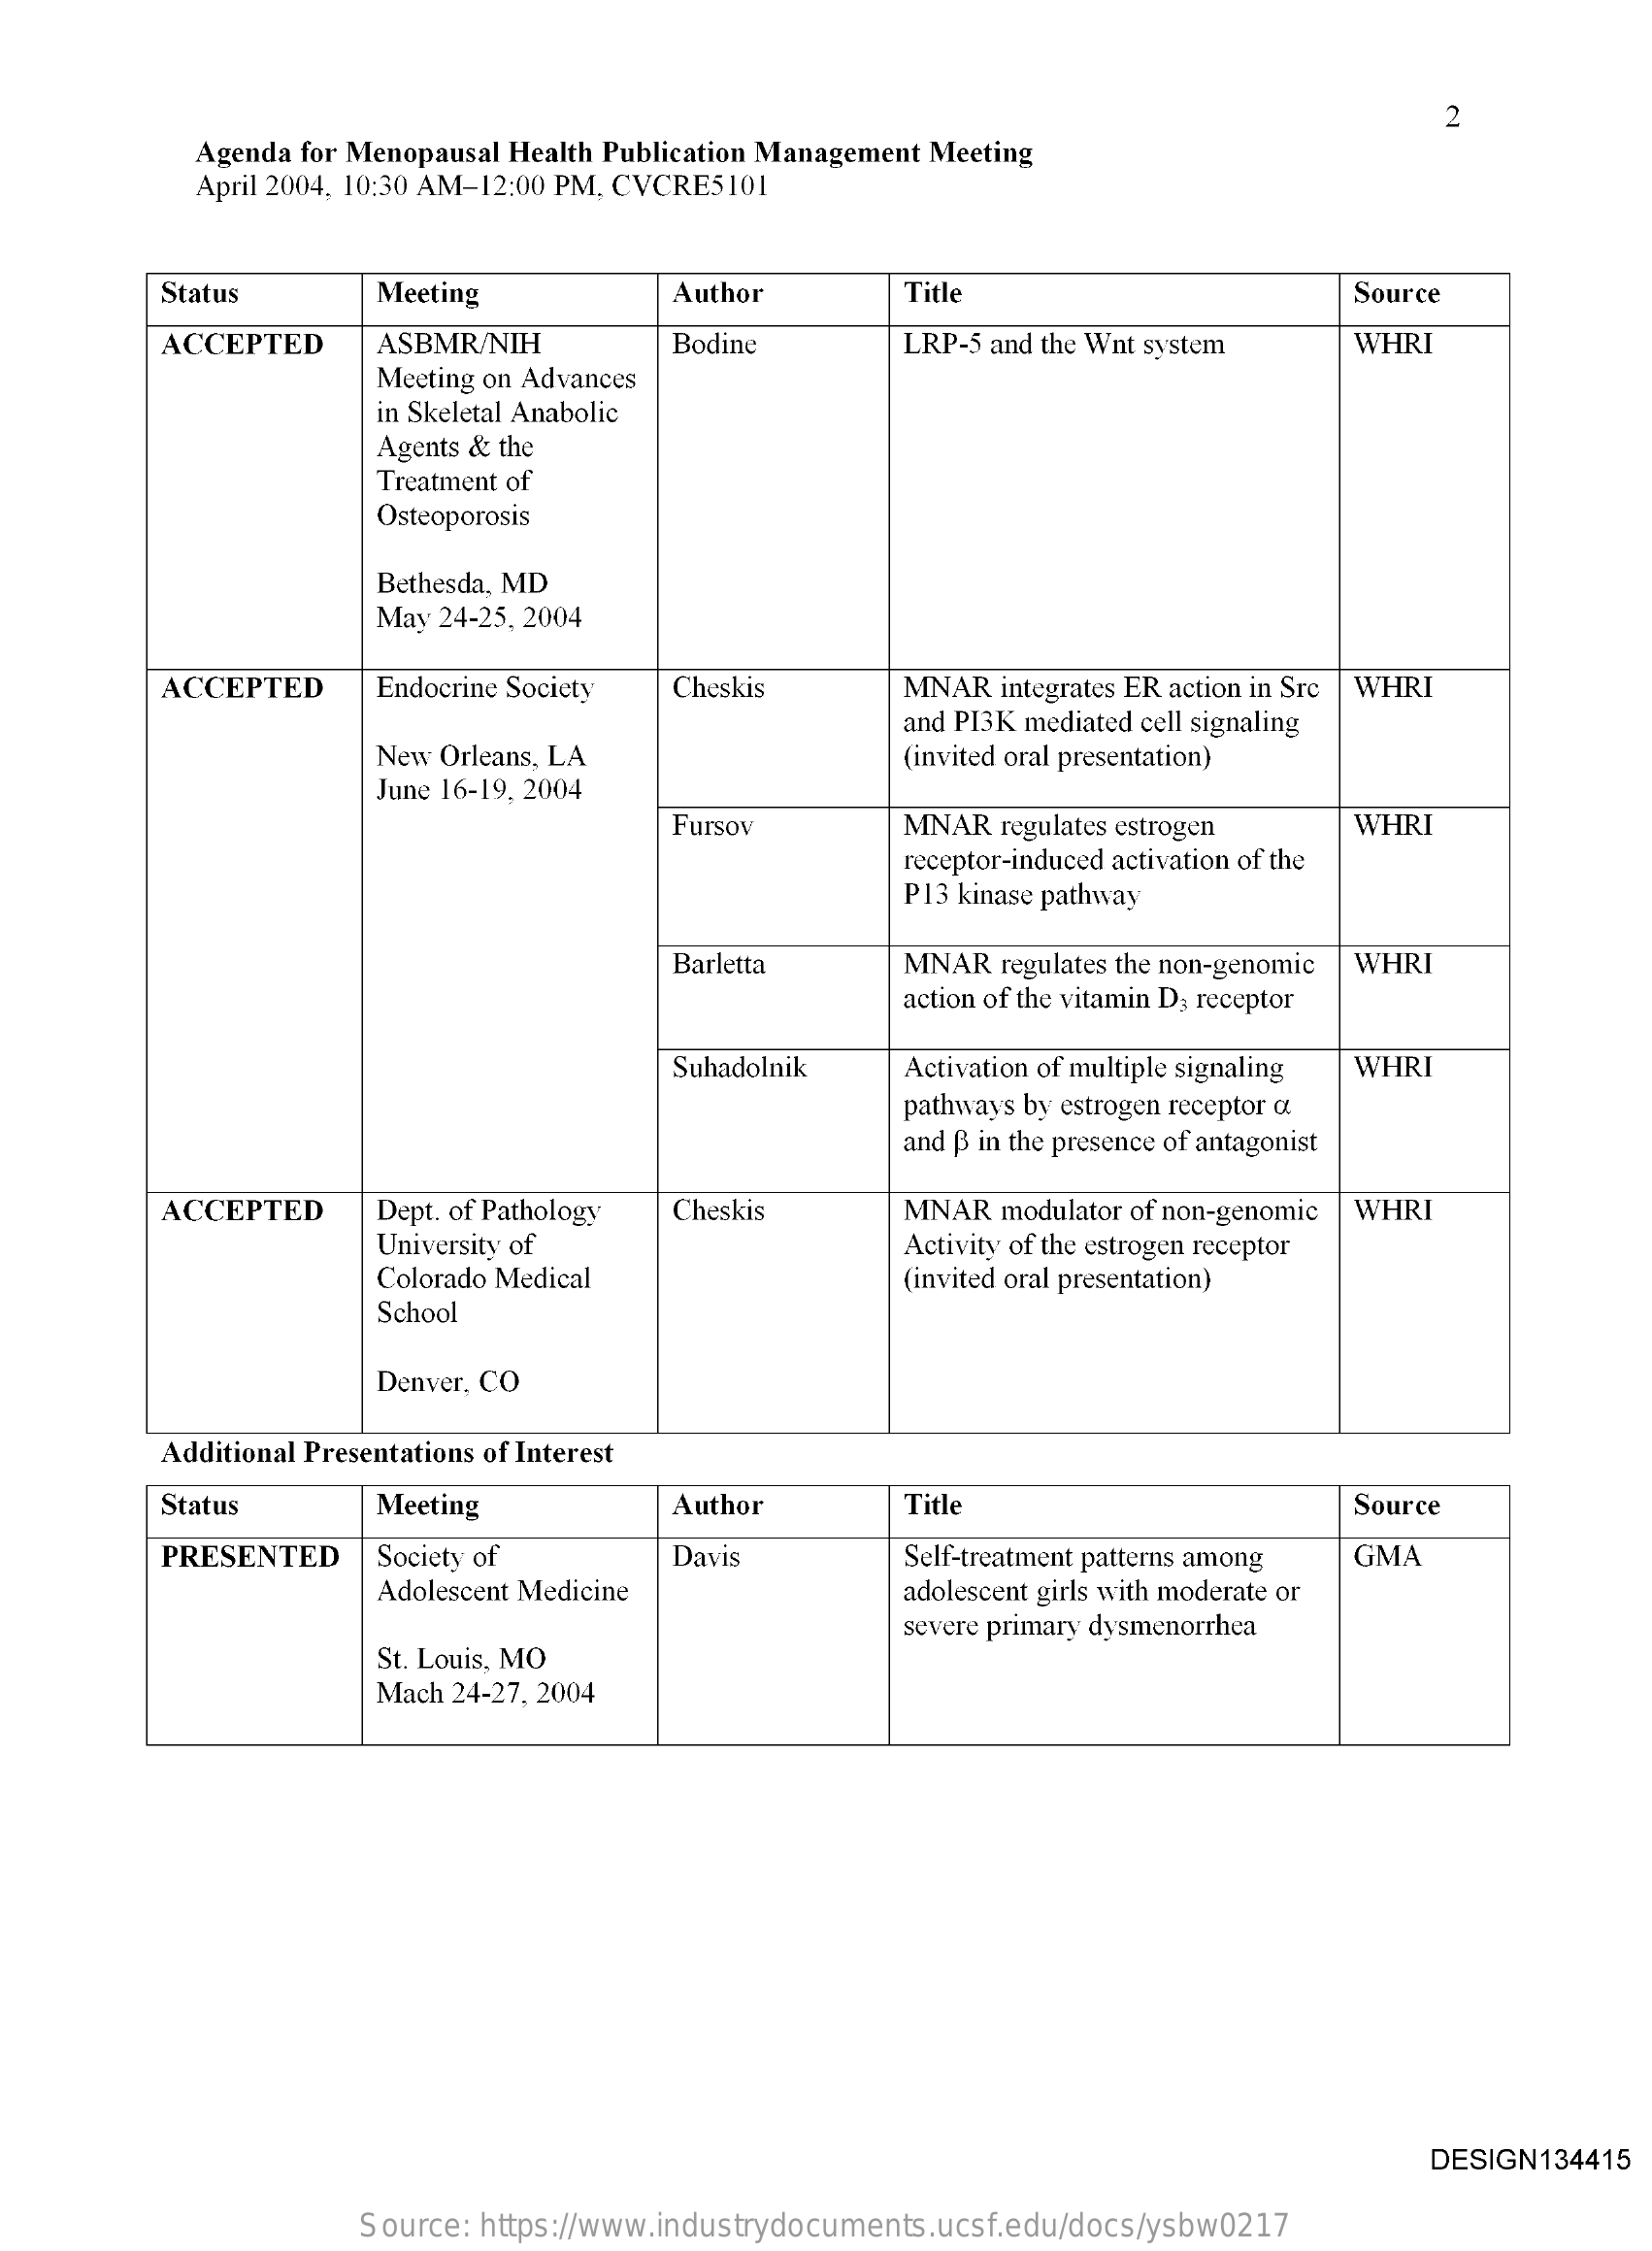
2
     Agenda for Menopausal Health Publication Management Meeting
     April 2004, 10:30 AM-12:00 PM, CVCRE5101
     Status    Meeting    Author    Title    Source
     ACCEPTED   ASBMR/NIH    Bodine    LRP-5 and the Wnt system WHRI
     Meeting on Advances
     in Skeletal Anabolic
     Agents & the
     Treatment of
     Osteoporosis
     Bethesda, MD
     May 24-25, 2004
     ACCEPTED   Endocrine Society Cheskis MNAR integrates ER action in Src WHRI
     and PI3K mediated cell signaling
     New Orleans, LA    (invited oral presentation)
     June 16-19, 2004
     Fursov    MNAR regulates estrogen WHRI
     receptor-induced activation of the
     P13 kinase pathway
     Barletta   MNAR regulates the non-genomic WHRI
     action of the vitamin D3 receptor
     Suhadolnik Activation of multiple signaling WHRI
     pathways by estrogen receptor o
     and p in the presence of antagonist
     ACCEPTED   Dept. of Pathology Cheskis MNAR modulator of non-genomic WHRI
     University of    Activity of the estrogen receptor
     Colorado Medical    (invited oral presentation)
     School
     Denver, CO
     Additional Presentations of Interest
     Status    Meeting    Author    Title    Source
     PRESENTED  Society of    Davis    Self-treatment patterns among GMA
     Adolescent Medicine    adolescent girls with moderate or
     St. Louis, MO
     severe primary dysmenorrhea
     Mach 24-27, 2004
     DESIGN134415
     Source: https://www.industrydocuments.ucsf.edu/docs/ysbw0217